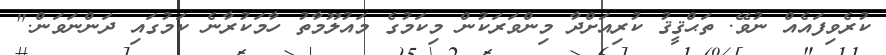
ކުރެވިފައެއް ނުވޭ. ތަޙްޤީޤު ކުރިއަށްދާ މިންވަރަކުން މިކަމުގެ މައުލޫމާތު ހާމަކުރާނެ ކަމުގައި ދަންނަވަން."